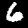
Label: 6